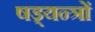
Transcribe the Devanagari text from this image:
षड्‍यन्त्रों